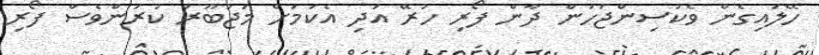
ހޭލައިގެން ވެކުސިންޖަހަން ދާން ފޯރި ހުރޭ އަދި އެކަމަށް މަޖުބޫރު ކުރަންވެސް ފޯރި